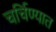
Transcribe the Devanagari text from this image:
चर्चिण्यात